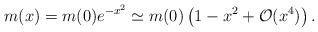
LaTeX: \begin{align*}m(x) =m(0) e^{-x^2} \simeq m(0) \left( 1 - x^2 + {\mathcal O}(x^4)\right).\end{align*}